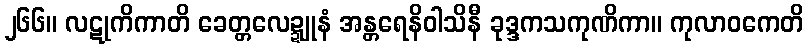
၂၆၆။ လဋုကိကာတိ ခေတ္တလေဍ္ဍူနံ အန္တရေနိဝါသိနီ ခုဒ္ဒကသကုဏိကာ။ ကုလာဝကေတိ